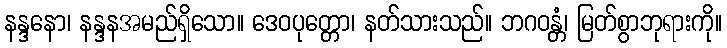
နန္ဒနော၊ နန္ဒနအမည်ရှိသော။ ဒေဝပုတ္တော၊ နတ်သားသည်။ ဘဂဝန္တံ၊ မြတ်စွာဘုရားကို။